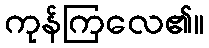
ကုန်ကြလေ၏။